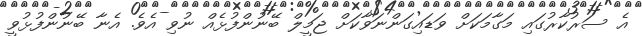
އެ ސަރުކާރުގައި މަގާމަކަށް ވަޑައިގަންނަވާކަށް ޖަމީލް ބޭނުންފުޅެއް ނުވި އެވެ. އެނާ ބޭނުންފުޅުވީ